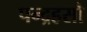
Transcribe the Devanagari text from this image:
पन्द्रहसौ